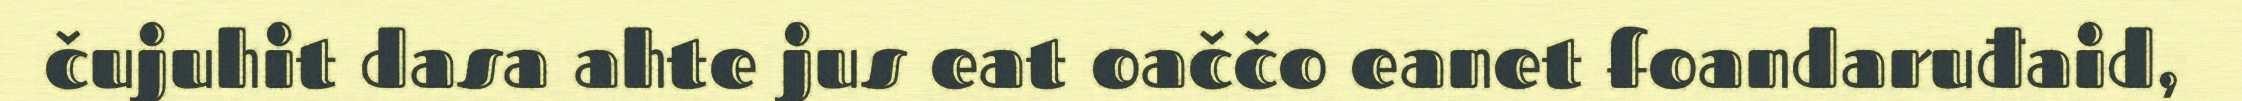
čujuhit dasa ahte jus eat oaččo eanet foandaruđaid,